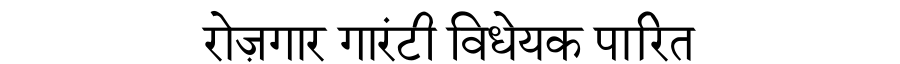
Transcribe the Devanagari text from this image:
रोज़गार गारंटी विधेयक पारित